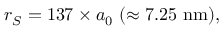
r _ { S } = 1 3 7 \times a _ { 0 } ~ ( \approx \mathrm { 7 . 2 5 ~ n m } ) ,